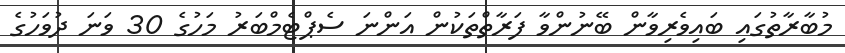
މުބާރާތުގައި ބައިވެރިވާން ބޭނުންވާ ފަރާތްތަކުން އަންނަ ސެޕްޓެމްބަރު މަހުގެ 30 ވަނަ ދުވަހުގެ